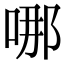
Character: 哪